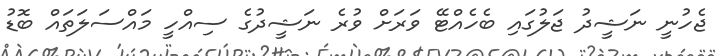
ޖެހުނީ ނަޝީދު ޖަލުގައި ބެހެއްޓޭ ވަރަށް ވުރެ ނަޝީދުގެ ސިއްހީ މައްސަލަތައް ބޮޑު